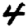
Digit: 4